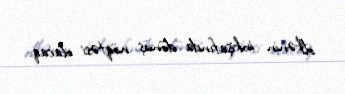
ölkənin inkişafında dönüş nöqtəsi olacaq.